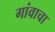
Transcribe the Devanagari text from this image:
गांवाचा